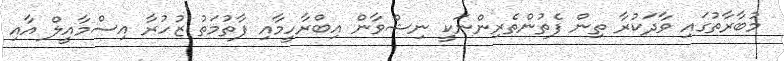
މުބާރާތުގައި ވާދަކުރާ ތިން ފެތުންތެރިންނަކީ ނިޝްވާން އިބްރާހީމާއި ފާތުމަތު ޒުހުރާ އިސްމާއީލް އާއި